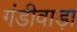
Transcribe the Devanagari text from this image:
गंडीवाड़ा